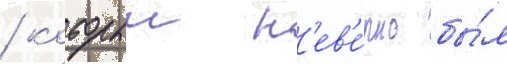
/ которыи н'ев'е́рно бы́л